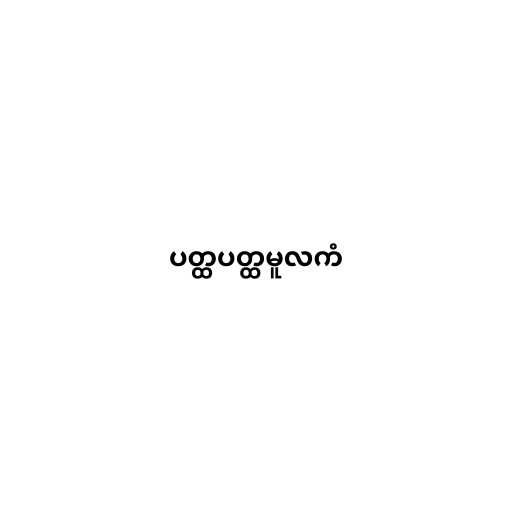
ပတ္ထပတ္ထမူလကံ